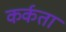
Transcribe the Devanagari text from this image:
कर्कता